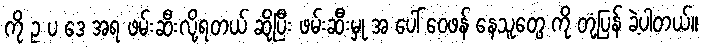
ကို ဥ ပ ဒေ အရ ဖမ်းဆီးလို့ရတယ် ဆိုပြီး ဖမ်းဆီးမှု အ ပေါ် ဝေဖန် နေသူတွေ ကို တုံ့ပြန် ခဲ့ပါတယ်။